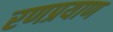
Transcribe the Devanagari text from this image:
रणप्रयाण